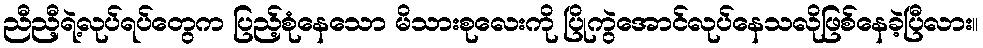
ညီညီ့ရဲ့လုပ်ရပ်တွေက ပြည့်စုံနေသော မိသားစုလေးကို ပြိုကွဲအောင်လုပ်နေသလိုဖြစ်နေခဲ့ပြီလား။